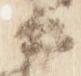
中